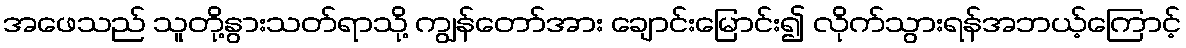
အဖေသည် သူတို့နွားသတ်ရာသို့ ကျွန်တော်အား ချောင်းမြောင်း၍ လိုက်သွားရန်အဘယ့်ကြောင့်